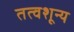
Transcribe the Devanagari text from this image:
तत्वशून्य